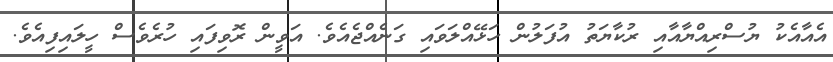
އެއާއެކު ޔުސްރިއްޔާއާއި ރުކާޔަތު އުފަލުން ހަޅޭއްލަވައި ގަނެއްޖެއެވެ. އަވީން ރޮވިފައި ހުރެވެސް ހީލައިފިއެވެ.